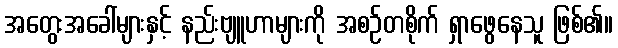
အတွေးအခေါ်များနှင့် နည်းဗျူဟာများကို အစဉ်တစိုက် ရှာဖွေနေသူ ဖြစ်၏။